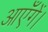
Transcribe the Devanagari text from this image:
आएँगें।